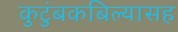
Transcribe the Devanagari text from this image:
कुटुंबकबिल्यासह